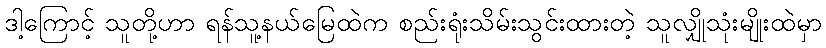
ဒါ့ကြောင့် သူတို့ဟာ ရန်သူ့နယ်မြေထဲက စည်းရုံးသိမ်းသွင်းထားတဲ့ သူလျှိုသုံးမျိုးထဲမှာ